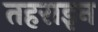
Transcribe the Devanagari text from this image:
तहराइन